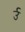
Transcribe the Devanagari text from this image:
र्उ